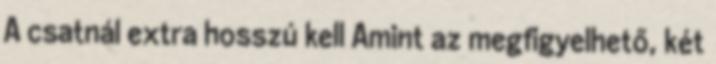
A csatnál extra hosszú kell Amint az megfigyelhető, két